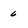
Character: 6